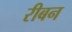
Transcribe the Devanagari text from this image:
रीबन